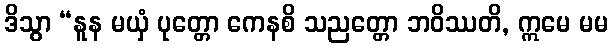
ဒိသွာ “နူန မယှံ ပုတ္တော ကေနစိ သညတ္တော ဘဝိဿတိ, ဣမေ မမ